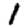
Digit: 1